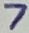
Text: 7